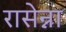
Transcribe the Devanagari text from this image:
रासेन्ना